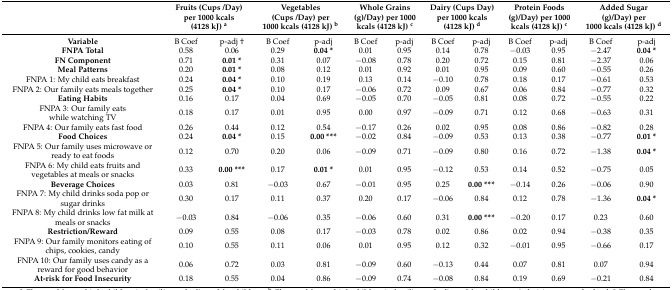
<table><thead><tr><td></td><td colspan="2"><b>Fruits (Cups /Day) per 1000 kcals (4128 kJ) <sup>a</sup></b></td><td colspan="2"><b>Vegetables (Cups /Day) per 1000 kcals (4128 kJ) <sup>b</sup></b></td><td colspan="2"><b>Whole Grains (g)/Day) per 1000 kcals (4128 kJ) <sup>c</sup></b></td><td colspan="2"><b>Dairy (Cups Day) per 1000 kcals (4128 kJ) <sup>d</sup></b></td><td colspan="2"><b>Protein Foods (g)/Day) per 1000 kcals (4128 kJ) <sup>c</sup></b></td><td colspan="2"><b>Added Sugar (g)/Day) per 1000 kcals (4128 kJ) <sup>d</sup></b></td></tr></thead><tbody><tr><td><b>Variable</b></td><td>B Coef</td><td>p-adj †</td><td>B Coef</td><td>p-adj</td><td>B Coef</td><td>p-adj</td><td>B Coef</td><td>p-adj</td><td>B Coef</td><td>p-adj</td><td>B Coef</td><td>p-adj</td></tr><tr><td><b>FNPA Total</b></td><td>0.58</td><td>0.06</td><td>0.29</td><td><b>0.04 *</b></td><td>0.01</td><td>0.95</td><td>0.14</td><td>0.78</td><td>−0.03</td><td>0.95</td><td>−2.47</td><td><b>0.04 *</b></td></tr><tr><td><b>FN Component</b></td><td>0.71</td><td><b>0.01 *</b></td><td>0.31</td><td>0.07</td><td>−0.08</td><td>0.78</td><td>0.20</td><td>0.72</td><td>0.15</td><td>0.81</td><td>−2.37</td><td>0.06</td></tr><tr><td><b>Meal Patterns</b></td><td>0.20</td><td><b>0.01 *</b></td><td>0.08</td><td>0.12</td><td>0.01</td><td>0.92</td><td>0.01</td><td>0.95</td><td>0.09</td><td>0.60</td><td>−0.55</td><td>0.26</td></tr><tr><td>FNPA 1: My child eats breakfast</td><td>0.24</td><td><b>0.04 *</b></td><td>0.10</td><td>0.19</td><td>0.13</td><td>0.14</td><td>−0.10</td><td>0.78</td><td>0.18</td><td>0.17</td><td>−0.61</td><td>0.53</td></tr><tr><td>FNPA 2: Our family eats meals together</td><td>0.25</td><td><b>0.04 *</b></td><td>0.10</td><td>0.17</td><td>−0.06</td><td>0.72</td><td>0.09</td><td>0.67</td><td>0.06</td><td>0.84</td><td>−0.77</td><td>0.32</td></tr><tr><td><b>Eating Habits</b></td><td>0.16</td><td>0.17</td><td>0.04</td><td>0.69</td><td>−0.05</td><td>0.70</td><td>−0.05</td><td>0.81</td><td>0.08</td><td>0.72</td><td>−0.55</td><td>0.22</td></tr><tr><td>FNPA 3: Our family eats while watching TV</td><td>0.18</td><td>0.17</td><td>0.01</td><td>0.95</td><td>0.00</td><td>0.97</td><td>−0.09</td><td>0.71</td><td>0.12</td><td>0.68</td><td>−0.63</td><td>0.31</td></tr><tr><td>FNPA 4: Our family eats fast food</td><td>0.26</td><td>0.44</td><td>0.12</td><td>0.54</td><td>−0.17</td><td>0.26</td><td>0.02</td><td>0.95</td><td>0.08</td><td>0.86</td><td>−0.82</td><td>0.28</td></tr><tr><td><b>Food Choices</b></td><td>0.24</td><td><b>0.04 *</b></td><td>0.15</td><td><b>0.00 ***</b></td><td>−0.02</td><td>0.84</td><td>−0.09</td><td>0.53</td><td>0.13</td><td>0.38</td><td>−0.77</td><td><b>0.01 *</b></td></tr><tr><td>FNPA 5: Our family uses microwave or ready to eat foods</td><td>0.12</td><td>0.70</td><td>0.20</td><td>0.06</td><td>−0.09</td><td>0.71</td><td>−0.09</td><td>0.80</td><td>0.16</td><td>0.72</td><td>−1.38</td><td><b>0.04 *</b></td></tr><tr><td>FNPA 6: My child eats fruits and vegetables at meals or snacks</td><td>0.33</td><td><b>0.00 ***</b></td><td>0.17</td><td><b>0.01 *</b></td><td>0.01</td><td>0.95</td><td>−0.12</td><td>0.53</td><td>0.14</td><td>0.52</td><td>−0.75</td><td>0.05</td></tr><tr><td><b>Beverage Choices</b></td><td>0.03</td><td>0.81</td><td>−0.03</td><td>0.67</td><td>−0.01</td><td>0.95</td><td>0.25</td><td><b>0.00 ***</b></td><td>−0.14</td><td>0.26</td><td>−0.06</td><td>0.90</td></tr><tr><td>FNPA 7: My child drinks soda pop or sugar drinks</td><td>0.30</td><td>0.17</td><td>0.11</td><td>0.37</td><td>0.20</td><td>0.17</td><td>−0.06</td><td>0.84</td><td>0.12</td><td>0.78</td><td>−1.36</td><td><b>0.04 *</b></td></tr><tr><td>FNPA 8: My child drinks low fat milk at meals or snacks</td><td>−0.03</td><td>0.84</td><td>−0.06</td><td>0.35</td><td>−0.06</td><td>0.60</td><td>0.31</td><td><b>0.00 ***</b></td><td>−0.20</td><td>0.17</td><td>0.23</td><td>0.60</td></tr><tr><td><b>Restriction/Reward</b></td><td>0.09</td><td>0.55</td><td>0.08</td><td>0.17</td><td>−0.03</td><td>0.78</td><td>0.02</td><td>0.86</td><td>0.02</td><td>0.94</td><td>−0.38</td><td>0.35</td></tr><tr><td>FNPA 9: Our family monitors eating of chips, cookies, candy</td><td>0.10</td><td>0.55</td><td>0.11</td><td>0.06</td><td>0.01</td><td>0.95</td><td>0.12</td><td>0.32</td><td>−0.01</td><td>0.95</td><td>−0.66</td><td>0.17</td></tr><tr><td>FNPA 10: Our family uses candy as a reward for good behavior</td><td>0.06</td><td>0.72</td><td>0.03</td><td>0.81</td><td>−0.09</td><td>0.60</td><td>−0.13</td><td>0.44</td><td>0.07</td><td>0.81</td><td>0.07</td><td>0.94</td></tr><tr><td><b>At-risk for Food Insecurity</b></td><td>0.18</td><td>0.55</td><td>0.04</td><td>0.86</td><td>−0.09</td><td>0.74</td><td>−0.08</td><td>0.84</td><td>0.19</td><td>0.69</td><td>−0.21</td><td>0.84</td></tr></tbody></table>